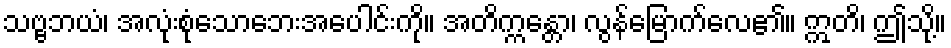
သဗ္ဗဘယံ၊ အလုံးစုံသောဘေးအပေါင်းကို။ အတိက္ကန္တော၊ လွန်မြောက်လေ၏။ ဣတိ၊ ဤသို့။